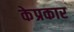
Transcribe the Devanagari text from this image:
केप्रकार